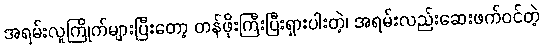
အရမ်းလူကြိုက်များပြီးတော့ တန်ဖိုးကြီးပြီးရှားပါးတဲ့၊ အရမ်းလည်းဆေးဖက်ဝင်တဲ့